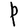
Character: P